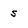
Character: s